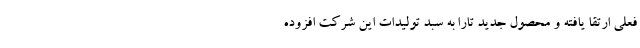
فعلی ارتقا یافته و محصول جدید تارا به سبد تولیدات این شرکت افزوده